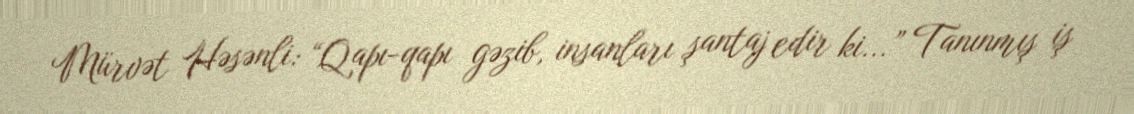
Mürvət Həsənli: “Qapı-qapı gəzib, insanları şantaj edir ki...” Tanınmış iş